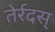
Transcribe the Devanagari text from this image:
तेर्रदस्